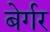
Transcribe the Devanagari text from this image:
बेर्गर